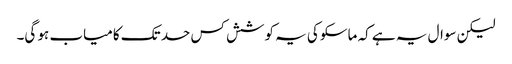
لیکن سوال یہ ہے کہ ماسکو کی یہ کوشش کس حد تک کامیاب ہو گی۔